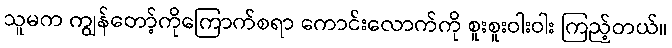
သူမက ကျွန်တော့်ကိုကြောက်စရာ ကောင်းလောက်ကို စူးစူးဝါးဝါး ကြည့်တယ်။